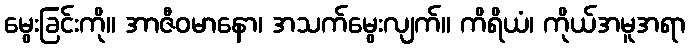
မွေးခြင်းကို။ အာဇီဝမာနော၊ အသက်မွေးလျက်။ ကိရိယံ၊ ကိုယ်အမူအရာ